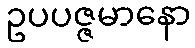
ဥပပဇ္ဇမာနော